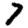
Digit: 7